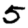
Digit: 5